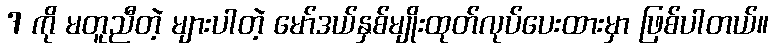
7 ကို မတူညီတဲ့ များပါတဲ့ မော်ဒယ်နှစ်မျိုးထုတ်လုပ်ပေးထားမှာ ဖြစ်ပါတယ်။